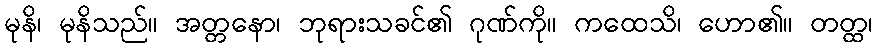
မုနိ၊ မုနိသည်။ အတ္တနော၊ ဘုရားသခင်၏ ဂုဏ်ကို။ ကထေသိ၊ ဟော၏။ တတ္ထ၊